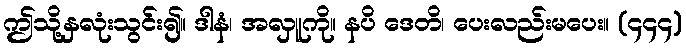
ဤသို့နှလုံးသွင်း၍။ ဒါနံ၊ အလှူကို။ နပိ ဒေတိ၊ ပေးလည်းမပေး။ (၄၄၄)